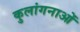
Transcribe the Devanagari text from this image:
कुलांगनाओं